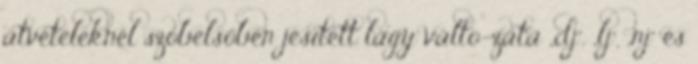
átvételeknél szóbelsőben jésített lágy válto-zata „dj”, „lj”, „nj” és